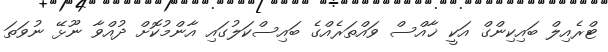
ޓްރެއިލް ބައިކިންގް އަކީ ޚާއްސް ވައްތަރެއްގެ ބައިސްކަލުގައި އާންމުކޮށް ދުއްވާ ނޫޅޭ ނުވަތަ